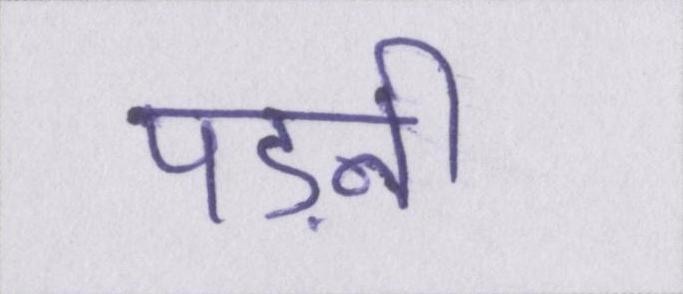
पड़नी